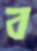
ব